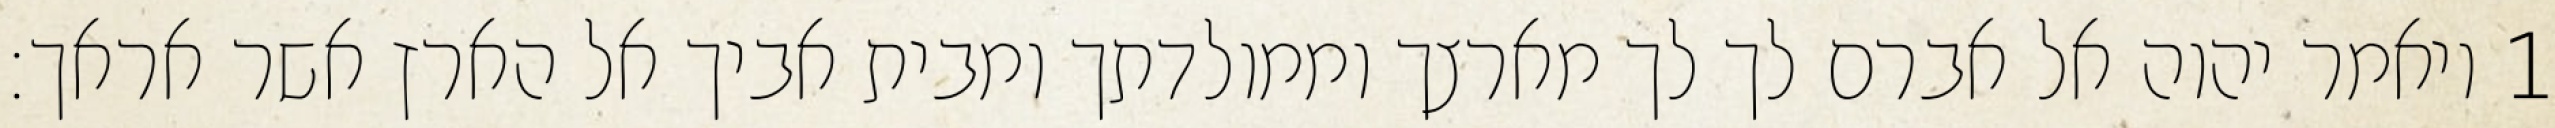
1 ויאמר יהוה אל אברם לך לך מארצך וממולדתך ומבית אביך אל הארץ אשר אראך׃